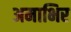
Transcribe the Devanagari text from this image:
अमाभिर